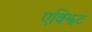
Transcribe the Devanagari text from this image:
एक्झिट